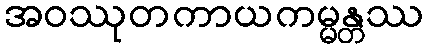
အဝဿုတကာယကမ္မန္တဿ